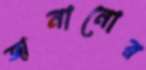
জানানোর